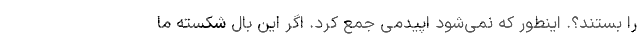
را بستند؟. اینطور که نمی‌شود اپیدمی جمع کرد. اگر این بال شکسته ما